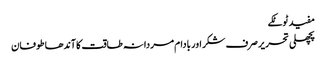
مفید ٹوٹکے
پچھلی تحریر صرف شکر اور بادام مردانہ طاقت کا آندھا طوفان